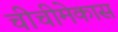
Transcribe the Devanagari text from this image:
चीचीमेकास